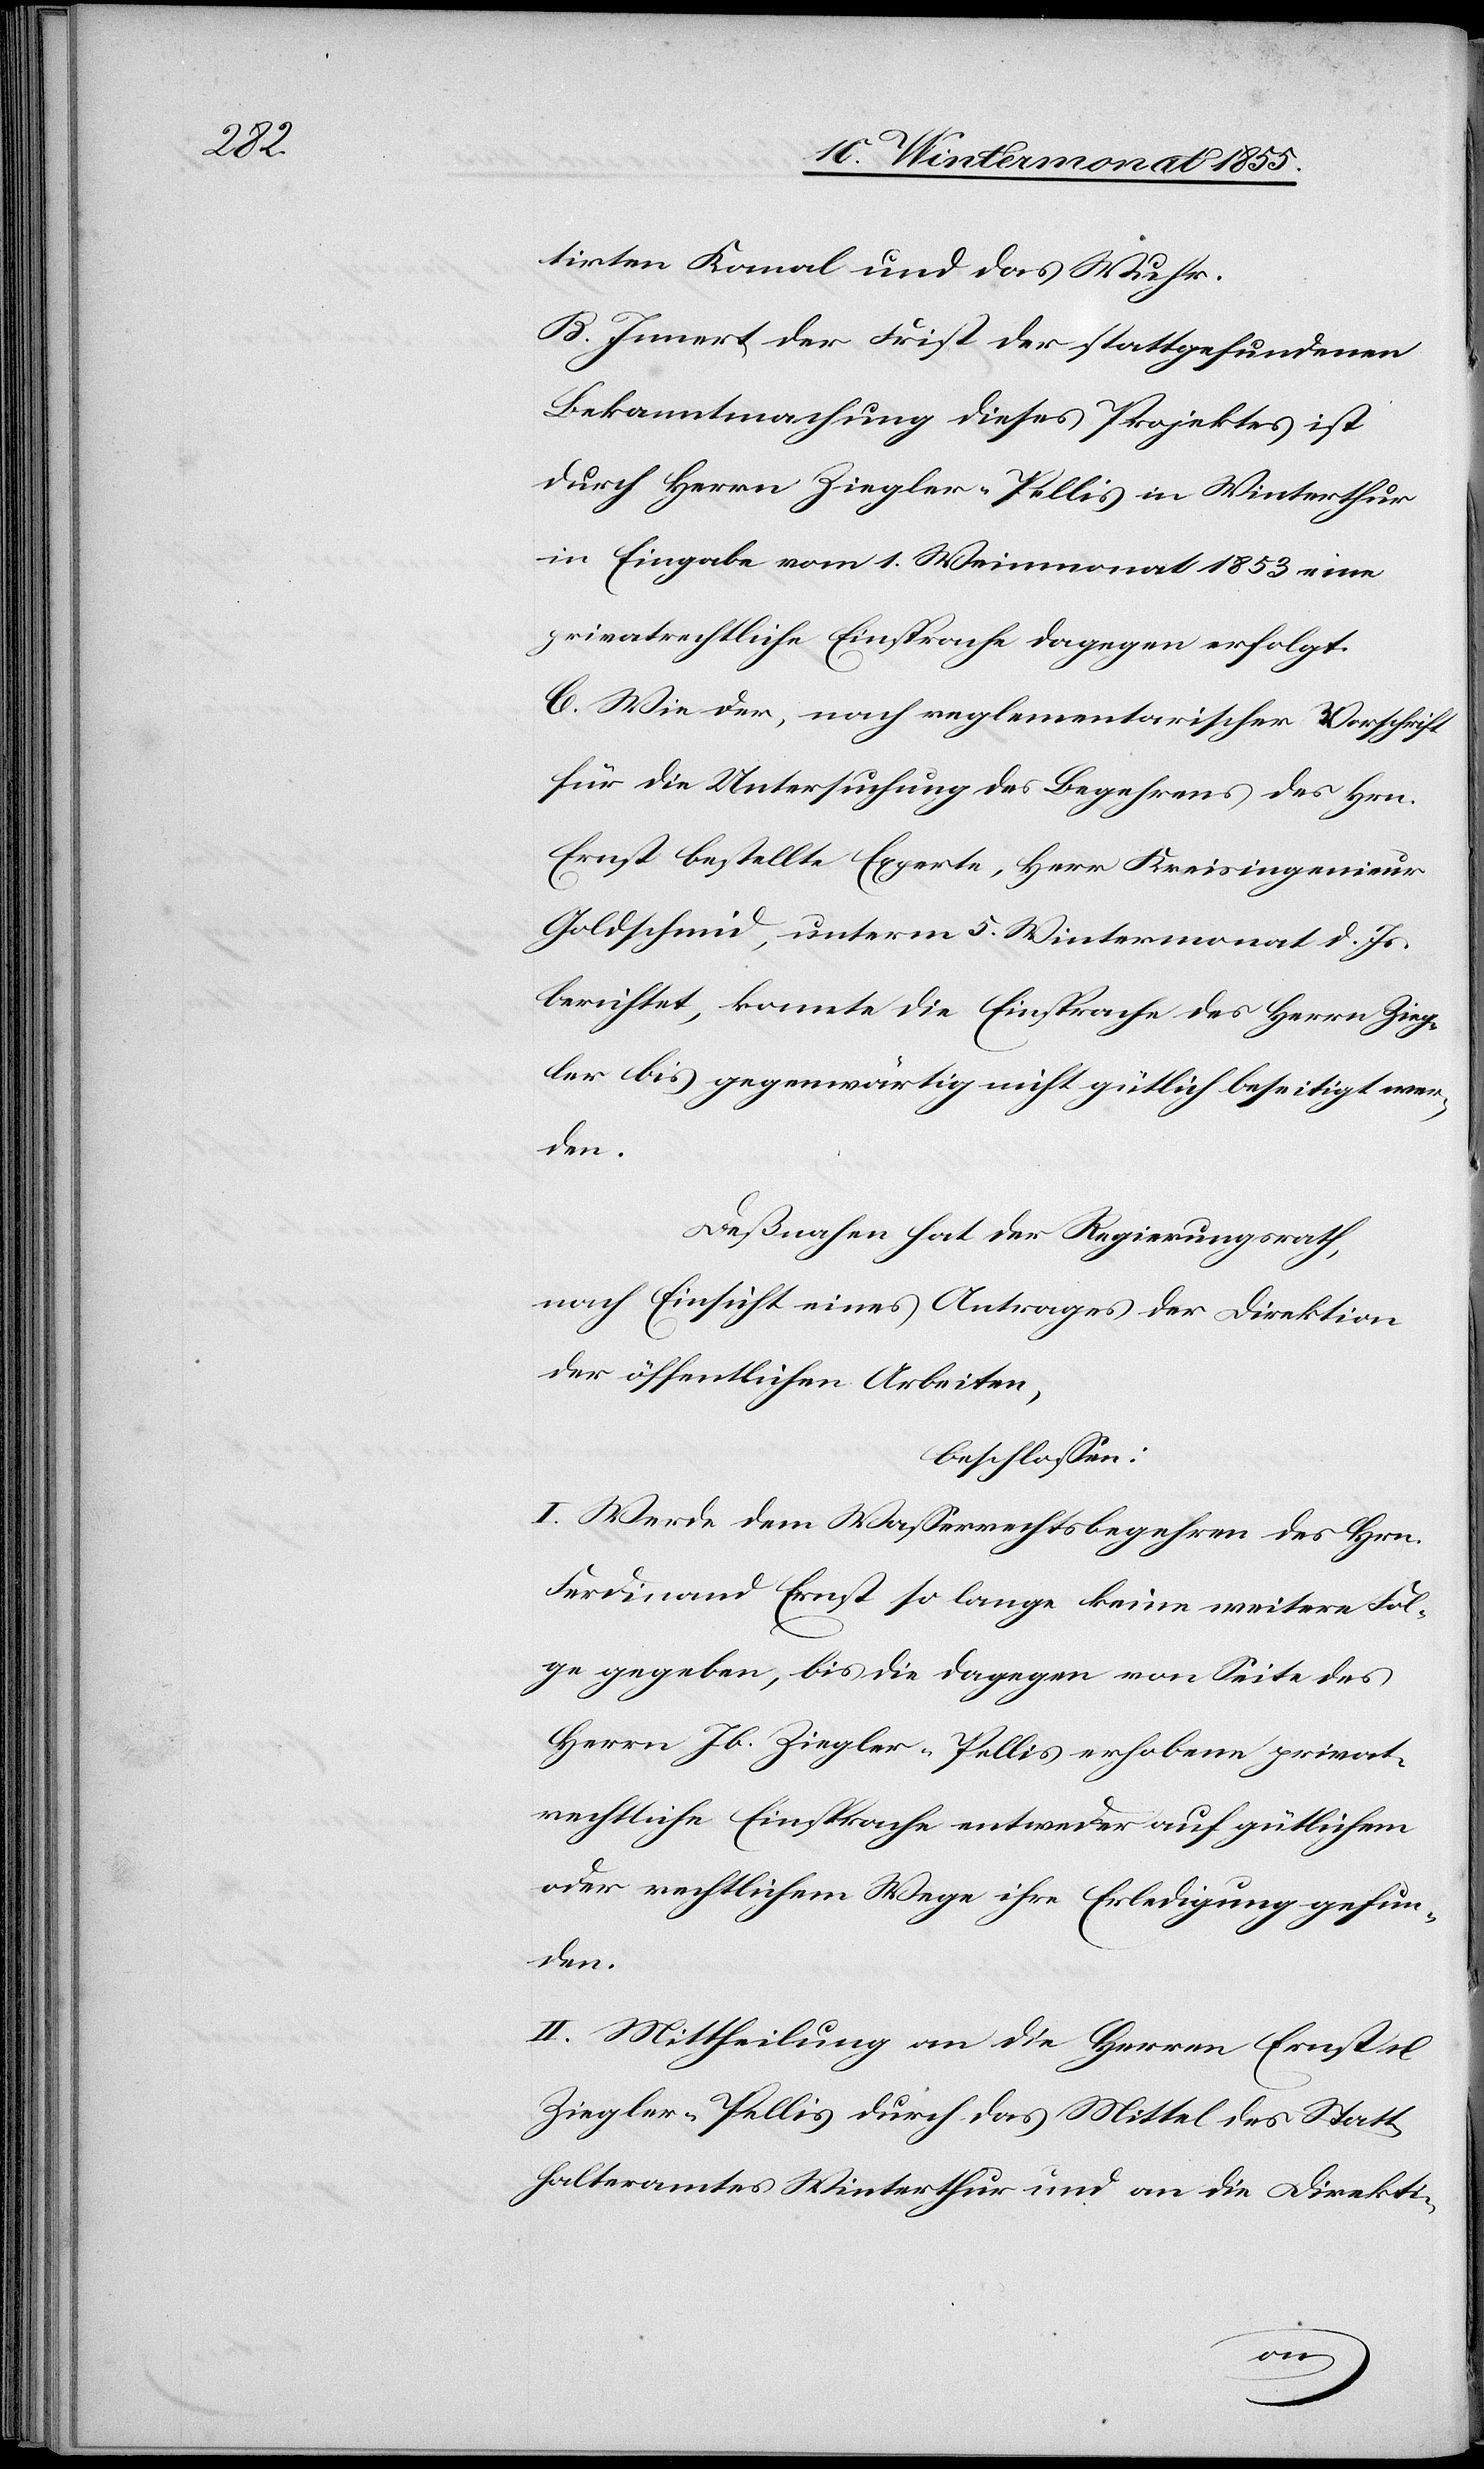
tirten Kanal und das Wuhr.
B. Innert der Frist der stattgefundenen
Bekanntmachung dieses Projektes ist
durch Herrn Ziegler-Pellis in Winterthur
in Eingabe vom 1. Weinmonat 1853 eine
privatrechtliche Einsprache dagegen erfolgt.
C. Wie der, nach reglementarischer Vorschrift
für die Untersuchung des Begehrens des Hrn.
Ernst bestellte Experte, Herr Kreisingenieur
Goldschmid, unterm 5. Wintermonat d. Js.
berichtet, konnte die Einsprache des Herrn Zieg¬
ler bis gegenwärtig nicht gütlich beseitigt wer¬
den.
Deßnahen hat der Regierungsrath,
nach Einsicht eines Antrages der Direktion
der öffentlichen Arbeiten,
beschlossen:
I. Werde dem Wasserrechtsbegehren des Hrn.
Ferdinand Ernst so lange keine weitere Fol¬
ge gegeben, bis die dagegen von Seite des
Herrn Jb. Ziegler-Pellis erhobene privat¬
rechtliche Einsprache entweder auf gütlichem
oder rechtlichem Wege ihre Erledigung gefun¬
den.
II. Mittheilung an die Herren Ernst u.
Ziegler-Pellis durch das Mittel des Statt¬
halteramtes Winterthur und an die Direkti-